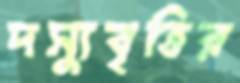
দস্যুবৃত্তির